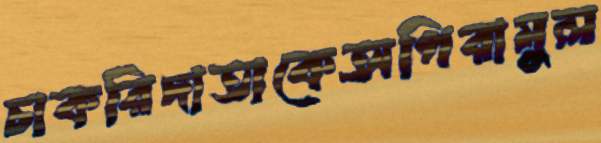
চাকরিদাতাকেঅপিরামুল